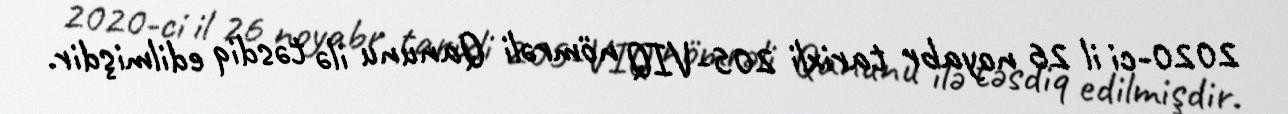
2020-ci il 26 noyabr tarixli 205-VIQ nömrəli Qanunu ilə təsdiq edilmişdir.